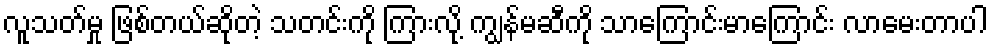
လူသတ်မှု ဖြစ်တယ်ဆိုတဲ့ သတင်းကို ကြားလို့ ကျွန်မဆီကို သာကြောင်းမာကြောင်း လာမေးတာပါ